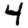
Digit: 4